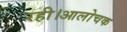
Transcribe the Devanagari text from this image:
रही।आलोचक